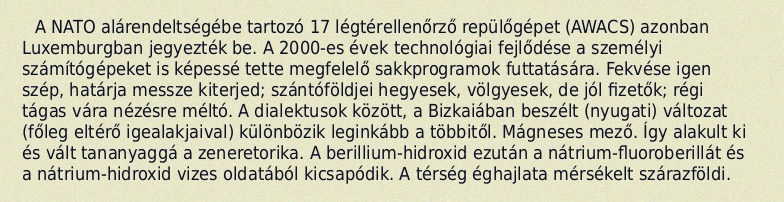
A NATO alárendeltségébe tartozó 17 légtérellenőrző repülőgépet (AWACS) azonban Luxemburgban jegyezték be. A 2000-es évek technológiai fejlődése a személyi számítógépeket is képessé tette megfelelő sakkprogramok futtatására. Fekvése igen szép, határja messze kiterjed; szántóföldjei hegyesek, völgyesek, de jól fizetők; régi tágas vára nézésre méltó. A dialektusok között, a Bizkaiában beszélt (nyugati) változat (főleg eltérő igealakjaival) különbözik leginkább a többitől. Mágneses mező. Így alakult ki és vált tananyaggá a zeneretorika. A berillium-hidroxid ezután a nátrium-fluoroberillát és a nátrium-hidroxid vizes oldatából kicsapódik. A térség éghajlata mérsékelt szárazföldi.